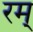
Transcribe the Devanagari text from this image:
रम्